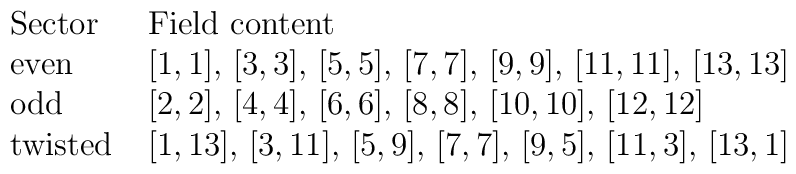
\begin{array}{ll}\hbox{Sector}\ \ &\hbox{Field content} \\\hbox{even}       & [1,1],\, [3,3],\, [5,5],\, [7,7],\,                    [9,9],\, [11,11],\, [13,13] \\\hbox{odd}      & [2,2],\, [4,4],\, [6,6],\, [8,8],\,                    [10,10],\, [12,12] \\\hbox{twisted}   & [1,13],\, [3,11],\, [5,9],\, [7,7],\,                    [9,5],\, [11,3],\, [13,1] \\\end{array}